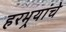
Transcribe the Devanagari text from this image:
हरभर्‍यांचे